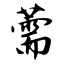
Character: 薷